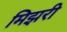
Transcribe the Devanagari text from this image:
मिझरी